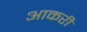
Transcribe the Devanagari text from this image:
आकरी